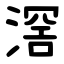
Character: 滘